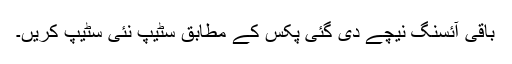
باقی آئسنگ نیچے دی گئی پکس کے مطابق سٹیپ نئی سٹیپ کریں۔